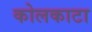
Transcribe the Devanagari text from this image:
कोलकाटा